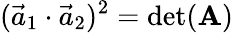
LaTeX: (\vec{a}_{1}\cdot\vec{a}_{2})^{2}=\operatorname*{det}(\mathbf{A})